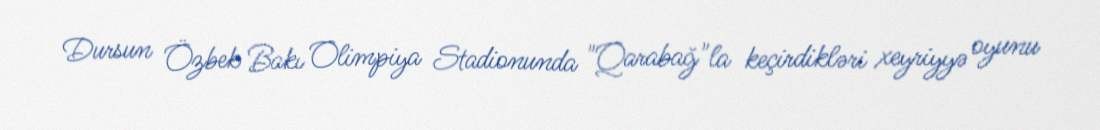
Dursun Özbek Bakı Olimpiya Stadionunda "Qarabağ"la keçirdikləri xeyriyyə oyunu